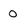
Character: 0